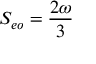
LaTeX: S _ { e o } = { \frac { 2 \omega } { 3 } }